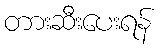
တားဆီးပေးရန်